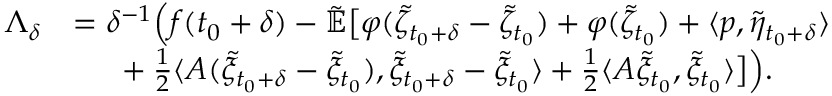
\begin{array} { r l } { \Lambda _ { \delta } } & { = \delta ^ { - 1 } \Big ( f ( t _ { 0 } + \delta ) - \mathbb { \tilde { E } } \big [ \varphi ( \tilde { \zeta } _ { t _ { 0 } + \delta } - \tilde { \zeta } _ { t _ { 0 } } ) + \varphi ( \tilde { \zeta } _ { t _ { 0 } } ) + \langle p , \tilde { \eta } _ { t _ { 0 } + \delta } \rangle } \\ & { \mathrm { ~ \ ~ \ } + \frac { 1 } { 2 } \langle A ( \tilde { \xi } _ { t _ { 0 } + \delta } - \tilde { \xi } _ { t _ { 0 } } ) , \tilde { \xi } _ { t _ { 0 } + \delta } - \tilde { \xi } _ { t _ { 0 } } \rangle + \frac { 1 } { 2 } \langle A \tilde { \xi } _ { t _ { 0 } } , \tilde { \xi } _ { t _ { 0 } } \rangle \big ] \Big ) . } \end{array}